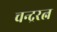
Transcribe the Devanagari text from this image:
चन्द्ररत्न